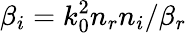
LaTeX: \beta_{i}=k_{0}^{2}n_{r}n_{i}/\beta_{r}